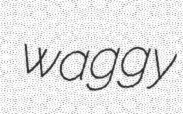
waggy